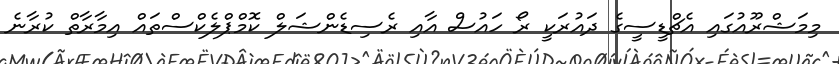
މިމަޝްރޫއުގައި އެޗްޑީސީގެ ދައުރަކީ ރޯ ހައުސް އާއި ރެސިޑެންޝަލް ކޮމްޕްލެކްސްތައް އިމާރާތް ކުރާނެ